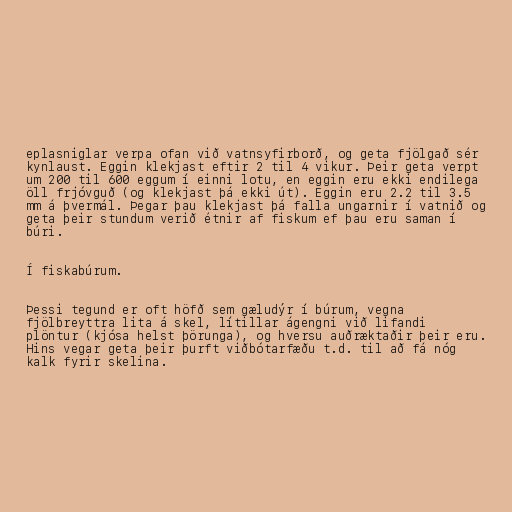
eplasniglar verpa ofan við vatnsyfirborð, og geta fjölgað sér
kynlaust. Eggin klekjast eftir 2 til 4 vikur. Þeir geta verpt
um 200 til 600 eggum í einni lotu, en eggin eru ekki endilega
öll frjóvguð (og klekjast þá ekki út). Eggin eru 2.2 til 3.5
mm á þvermál. Þegar þau klekjast þá falla ungarnir í vatnið og
geta þeir stundum verið étnir af fiskum ef þau eru saman í
búri.

Í fiskabúrum.

Þessi tegund er oft höfð sem gæludýr í búrum, vegna
fjölbreyttra lita á skel, lítillar ágengni við lifandi
plöntur (kjósa helst þörunga), og hversu auðræktaðir þeir eru.
Hins vegar geta þeir þurft viðbótarfæðu t.d. til að fá nóg
kalk fyrir skelina.